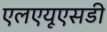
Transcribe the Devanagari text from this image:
एलएयूएसडी